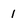
Character: 1